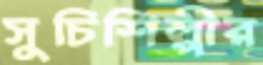
সুচিশিল্পীর